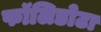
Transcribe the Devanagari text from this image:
फॉलिडोटा